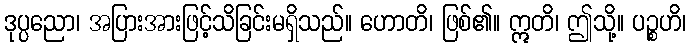
ဒုပ္ပညော၊ အပြားအားဖြင့်သိခြင်းမရှိသည်။ ဟောတိ၊ ဖြစ်၏။ ဣတိ၊ ဤသို့။ ပဉ္စဟိ၊